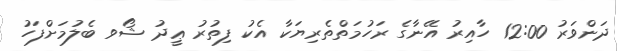
ދަންވަރު 12:00 ހާއިރު އޭނާގެ ރަހުމަތްތެރިޔަކާ އެކު ފިތުރު ޢީދު ޝޯވ ބެލުމަށްފަހު